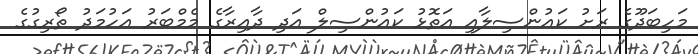
މަހިބަދޫގެ ރަށު ކައުންސިލާއި އަތޮޅު ކައުންސިލް އަދި ދާއިރާގެ މެމްބަރު އަހުމަދު ތޯރިގުގެ